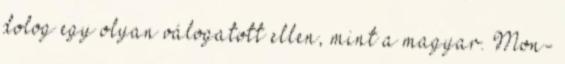
dolog egy olyan válogatott ellen, mint a magyar. Mon-